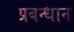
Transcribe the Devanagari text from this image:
प्रबन्धान